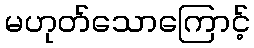
မဟုတ်သောကြောင့်